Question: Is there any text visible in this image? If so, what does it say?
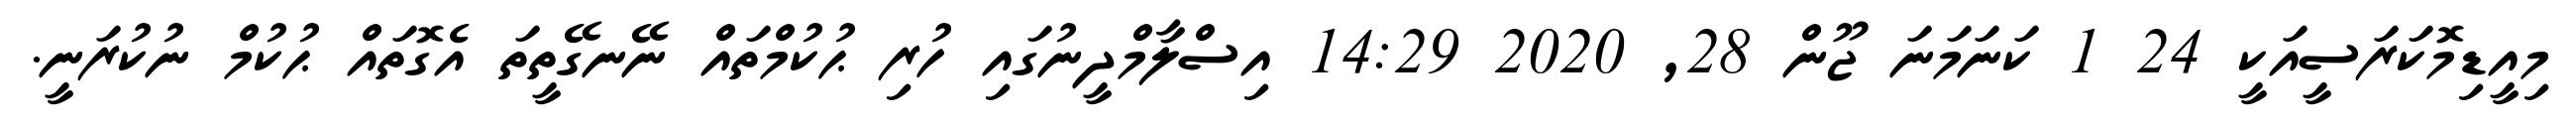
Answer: މިއީޑިމޮކަރަސީއަކީ 24 1 ކަނަމަނަ ޖޫން 28, 2020 14:29 އިސްލާމްދީނުގައި ހުރި ޙުކުމްތައް ނޭނގޭތީތަ އެގޮތައް ޙުކުމް ނުކުރަނީ.